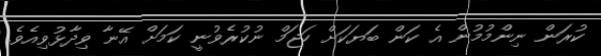
ކުރަން ނިންމުމުން އެ ކަން ބަޔަކަށް ހަޖަމް ނުކުރެވުނީ ކަމަށް އޭނާ ވިދާޅުވިއެވެ.